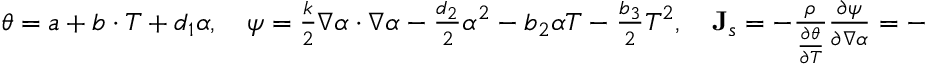
\begin{array} { r } { \theta = a + b \cdot T + d _ { 1 } \alpha , \quad \psi = \frac { k } { 2 } \nabla \alpha \cdot \nabla \alpha - \frac { d _ { 2 } } { 2 } \alpha ^ { 2 } - b _ { 2 } \alpha T - \frac { b _ { 3 } } { 2 } T ^ { 2 } , \quad \mathbf { J } _ { s } = - \frac { \rho } { \frac { \partial \theta } { \partial T } } \frac { \partial \psi } { \partial \nabla \alpha } = - \frac { \rho k } { b } \nabla \alpha } \end{array}